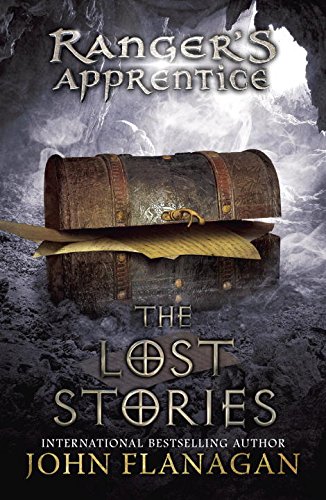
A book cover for The Lost Stories: Book 11 (Ranger's Apprentice); John A. Flanagan; Children's Books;